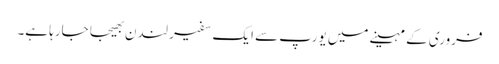
فروری کے مہینے میں یورپ سے ایک سفیر لندن بھیجا جارہا ہے۔